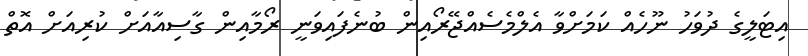
އިޓަލީގެ ދުވަހު ނޫހެއް ކަމަށްވާ އެލްމެސެއްޖޭރޯއިން ބުނެފައިވަނީ ރޯމާއިން ގާސިއާއަށް ކުރިއަށް އޮތް